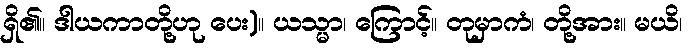
ရှိ၏။ ဒါယကာတို့ဟု ပေး)။ ယသ္မာ၊ ကြောင့်။ တုမှာကံ၊ တို့အား။ မယိ၊